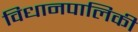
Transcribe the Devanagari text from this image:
विधानपालिकी